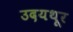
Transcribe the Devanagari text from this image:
उदयथूर